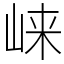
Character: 崃